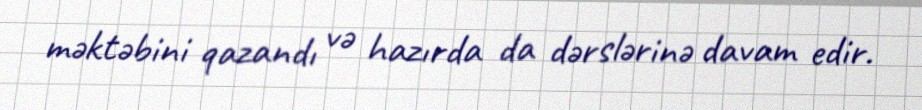
məktəbini qazandı və hazırda da dərslərinə davam edir.